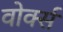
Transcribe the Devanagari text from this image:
वोर्क्स